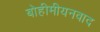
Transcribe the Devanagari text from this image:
बोहीमीयनवाद